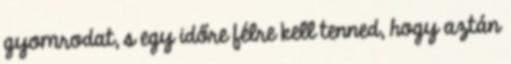
gyomrodat, s egy időre félre kell tenned, hogy aztán